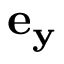
\mathbf { e _ { y } }